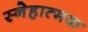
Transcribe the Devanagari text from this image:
स्नेहात्मक